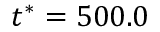
t ^ { * } = 5 0 0 . 0